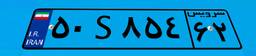
۵۰S۸۵۴۶۲